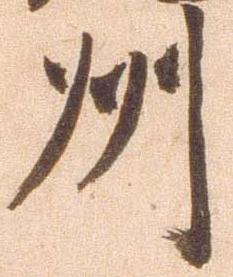
州